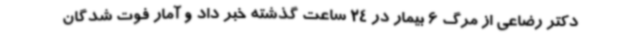
دکتر رضاعی از مرگ 6 بیمار در 24 ساعت گذشته خبر داد و آمار فوت شدگان